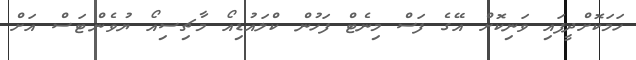
ހަމަކޮށްދީފައި ވަނިކޮށް އޭގެ ފަސް މިނެޓް ފަހުން ކްލައުޑިއޯ މާޗިސިއޯ ޔުވެންޓަސް އަށް